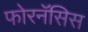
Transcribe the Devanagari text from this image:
फोरनॅसिस